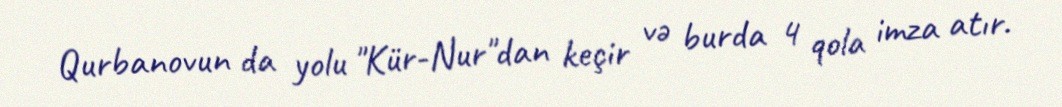
Qurbanovun da yolu "Kür-Nur"dan keçir və burda 4 qola imza atır.